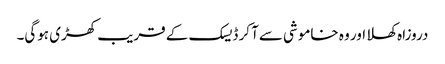
دروزاہ کھلا اور وہ خاموشی سےآ کر ڈیسک کے قریب کھڑی ہوگی۔